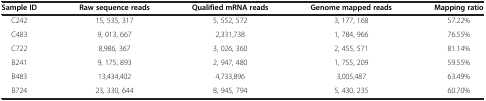
| Sample ID | Raw sequence reads | Qualified mRNA reads | Genome mapped reads | Mapping ratio |
 | --- | --- | --- | --- | --- |
 | C242 | 15, 535, 317 | 5, 552, 572 | 3, 177, 168 | 57.22% |
 | C483 | 9, 013, 667 | 2,331,738 | 1, 784, 966 | 76.55% |
 | C722 | 8,986, 367 | 3, 026, 360 | 2, 455, 571 | 81.14% |
 | B241 | 9, 175, 893 | 2, 947, 480 | 1, 755, 209 | 59.55% |
 | B483 | 13,434,402 | 4,733,896 | 3,005,487 | 63.49% |
 | B724 | 23, 330, 644 | 8, 945, 794 | 5, 430, 235 | 60.70% |